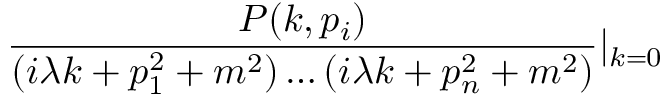
\frac { P ( k , p _ { i } ) } { ( i \lambda k + p _ { 1 } ^ { 2 } + m ^ { 2 } ) \ldots ( i \lambda k + p _ { n } ^ { 2 } + m ^ { 2 } ) } | _ { k = 0 }